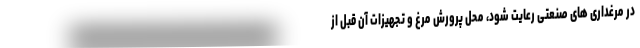
در مرغداری های صنعتی رعایت شود، محل پرورش مرغ و تجهیزات آن قبل از